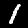
Label: 1